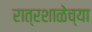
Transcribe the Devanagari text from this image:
रात्रशाळेच्या